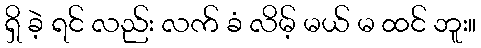
ရှိ ခဲ့ ရင် လည်း လက် ခံ လိမ့် မယ် မ ထင် ဘူး။